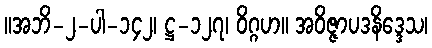
။အဘိ-၂-ပါ-၁၄၂၊ ဋ္ဌ-၁၂၇၊ ဝိဂ္ဂဟ။ အဝိဇ္ဇာပဒနိဒ္ဒေသ၊